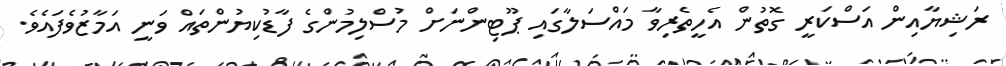
ރަޝިޔާއިން އަސްކަރީ ގޮތުން އެހީތެރިވާ މައްސަލާގައި ޕޫޓިންނަށް މުސްލިމުންގެ ފާޑުކިޔުންތައް ވަނީ އަމާޒުވެފައެވެ.